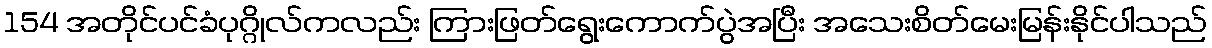
154 အတိုင်ပင်ခံပုဂ္ဂိုလ်ကလည်း ကြားဖြတ်ရွေးကောက်ပွဲအပြီး အသေးစိတ်မေးမြန်းနိုင်ပါသည်